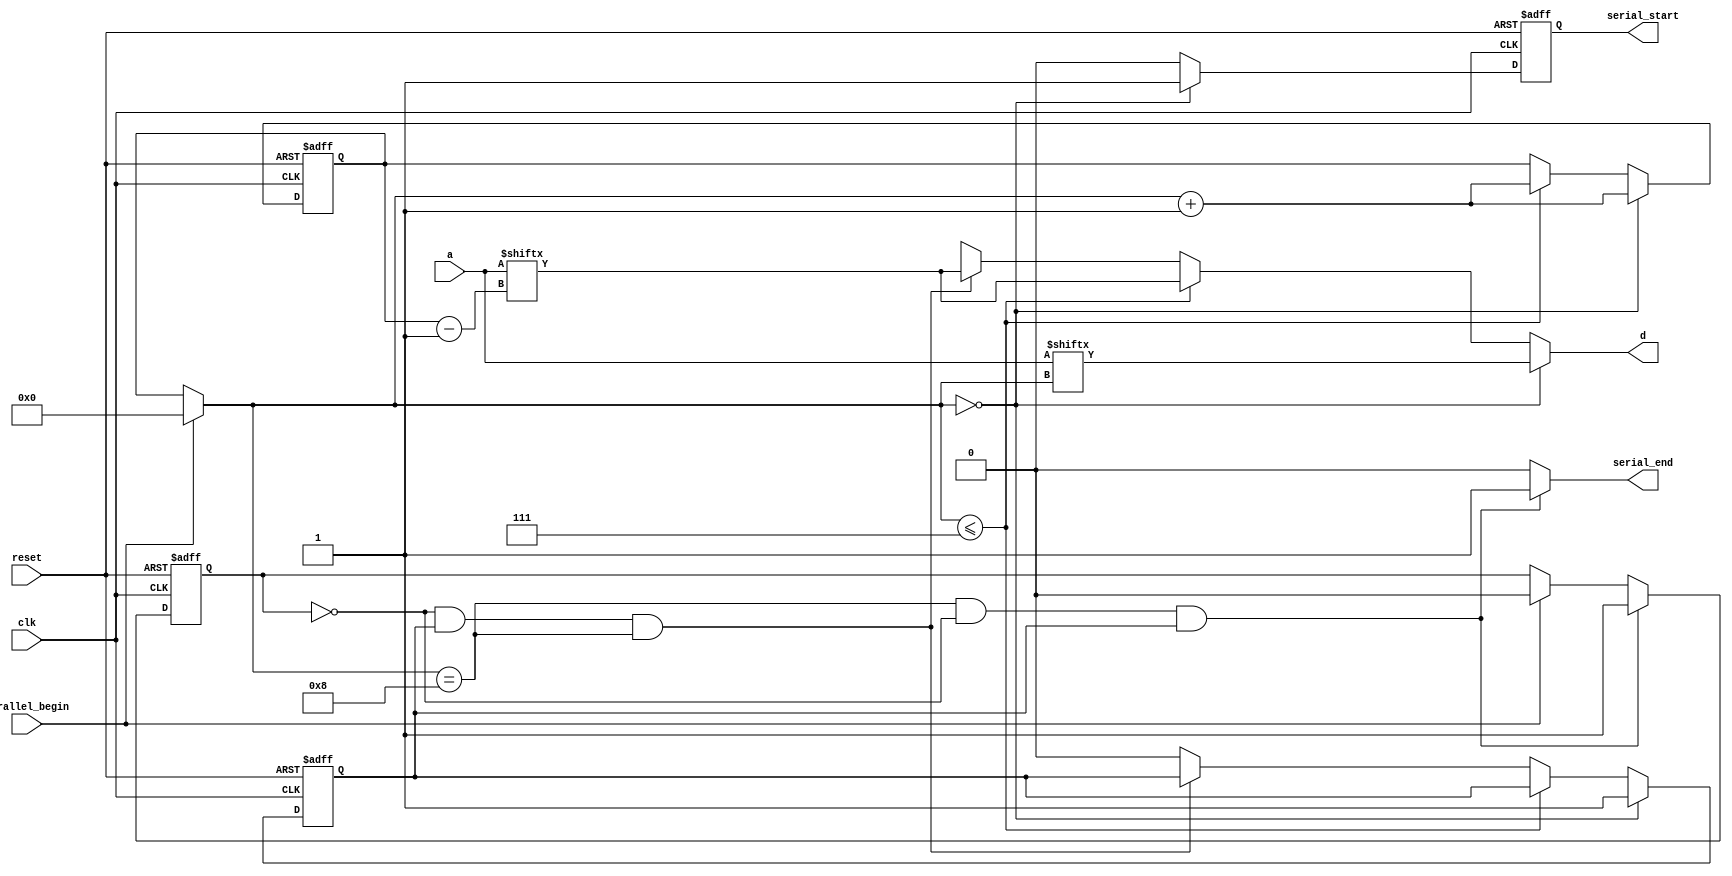
`timescale 1ns / 1ps
//////////////////////////////////////////////////////////////////////////////////
// Company: 
// Engineer: 
// 
// Design Name: 
// Module Name: parallel2serial
// Project Name: 
// Target Devices: 
// Tool Versions: 
// Description: 
// 
// Dependencies: 
// 
// Revision:
// Revision 0.01 - File Created
// Additional Comments:
// 
//////////////////////////////////////////////////////////////////////////////////

`define N  8

module parallel2serial(
    input [7:0] a,
    input parallel_begin,
    input clk,
    input reset,
    output reg d,
    output reg serial_start,
    output reg serial_end
    );
    
    reg [3:0] counter;      //register
    reg [3:0] next_counter;
    reg [3:0] counter_temp;
    
    reg end_state;     //end signal send or not
    reg next_end_state;
    
    reg working;   //process parallel to serial
    reg next_working;
    
    reg next_serial_start;
    
    
    always@* begin
        if(parallel_begin)
            counter_temp = 0;
        else
            counter_temp = counter;
        
        if(counter_temp == 0) begin
            next_counter = counter_temp + 1;
            next_working = 1;
            d = a[counter_temp];
        end
        else if(counter_temp <= `N-1) begin
            next_counter = counter_temp + 1;
            next_working = working;
            d = a[counter-1];
        end
        else if(!end_state && working && counter_temp == `N) begin
            next_counter = counter;
            next_working = working;
            d = a[counter-1];
        end
        else begin
            next_counter = counter;
            next_working = 0;
            d = 1'bx;
        end 
        
        if(counter_temp == 0)
            next_serial_start = 1;
        else
            next_serial_start = 0;
        
        if(counter_temp==`N && !end_state && working) begin
            next_end_state = 1;
            serial_end = 1;
        end
        else if(parallel_begin) begin
            next_end_state = 0;
            serial_end = 0;
        end 
        else begin
            next_end_state = end_state;
            serial_end = 0;
        end
    end 
    
    always@(posedge clk or posedge reset)
        if(reset)
            counter <= 4'd`N;
        else
            counter <= next_counter;
            
    always@(posedge clk or posedge reset)
        if(reset)
            end_state <= 0;
        else
            end_state <=next_end_state;
            
    always@(posedge clk or posedge reset)
        if(reset)
            working <= 0;
        else
            working <= next_working;
    
    always@(posedge clk or posedge reset)
        if(reset)
            serial_start <= 0;
        else
            serial_start <= next_serial_start;
    
endmodule